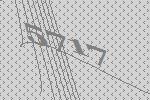
5717